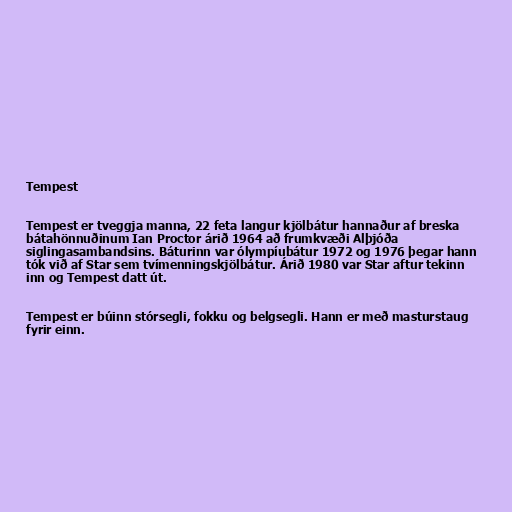
Tempest

Tempest er tveggja manna, 22 feta langur kjölbátur hannaður af breska
bátahönnuðinum Ian Proctor árið 1964 að frumkvæði Alþjóða
siglingasambandsins. Báturinn var ólympíubátur 1972 og 1976 þegar hann
tók við af Star sem tvímenningskjölbátur. Árið 1980 var Star aftur tekinn
inn og Tempest datt út.

Tempest er búinn stórsegli, fokku og belgsegli. Hann er með masturstaug
fyrir einn.